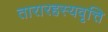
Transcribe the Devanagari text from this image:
तारारहस्यवृत्ति